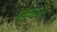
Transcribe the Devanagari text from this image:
वीर्यवान्‌